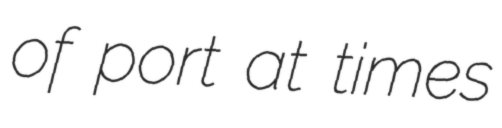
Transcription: of port at times